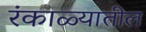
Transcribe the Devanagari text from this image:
रंकाळ्यातील